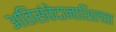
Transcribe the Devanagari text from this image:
अतिसंवेदानाशिलता